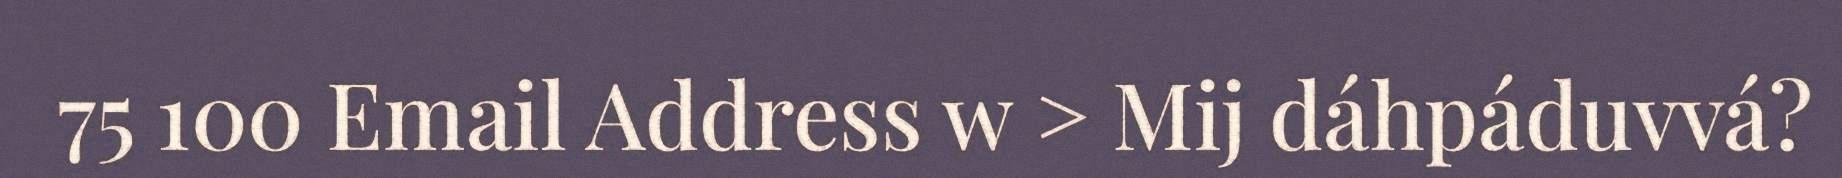
75 100 Email Address w > Mij dáhpáduvvá?